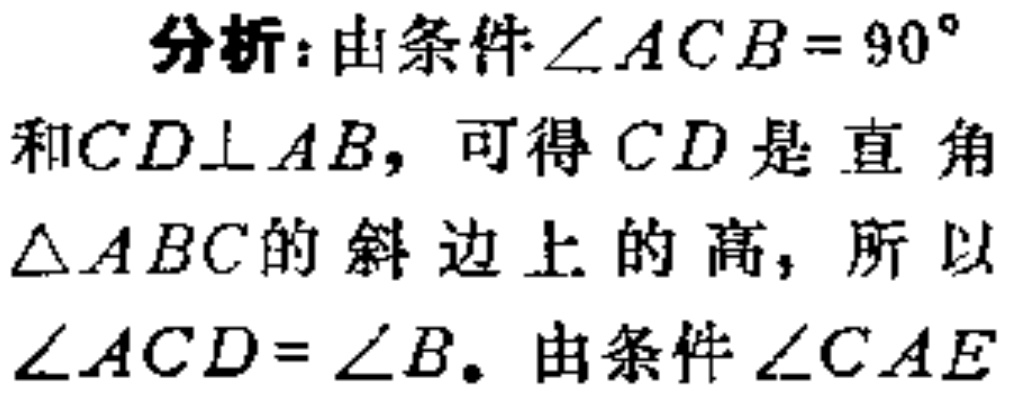
分析：由条件$\angle ACB = 90^{\circ}$和$CD\perp AB$，可得$CD$是直角$\triangle ABC$的斜边上的高，所以$\angle ACD=\angle B$。由条件$\angle CAE$